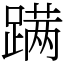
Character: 蹒